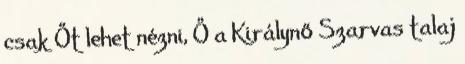
csak Őt lehet nézni, Ő a Királynő Szarvas talaj